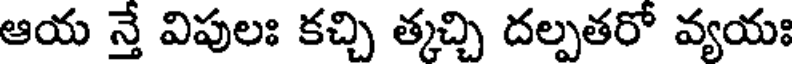
ఆయ న్తే విపులః కచ్చి త్కచ్చి దల్పతరో వ్యయః